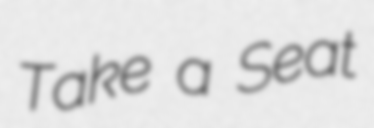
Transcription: Take a Seat